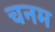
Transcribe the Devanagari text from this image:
चनम